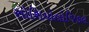
સોશિયોલોજિકલ